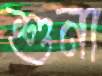
শুনা